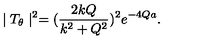
\mid T _ { \theta } \mid ^ { 2 } = ( \frac { 2 k Q } { k ^ { 2 } + Q ^ { 2 } } ) ^ { 2 } e ^ { - 4 Q a } .